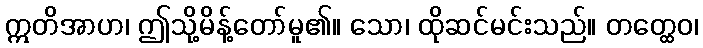
ဣတိအာဟ၊ ဤသို့မိန့်တော်မူ၏။ သော၊ ထိုဆင်မင်းသည်။ တတ္ထေဝ၊